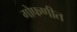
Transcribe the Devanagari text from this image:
गोफणीत